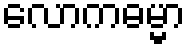
လောကဓမ္မာ